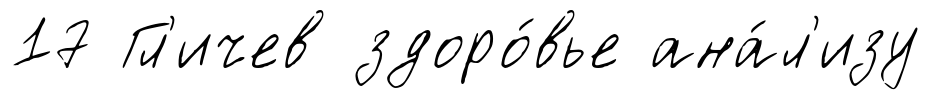
17 Гл'ичев здоро́вье ана́л'изу